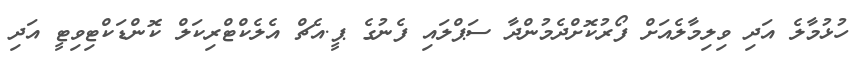
ހުޅުމާލެ އަދި ވިލިމާލެއަށް ފޯރުކޮށްދެމުންދާ ސަޕްލައި ފެނުގެ ޕީ.އެޗް އެލެކްޓްރިކަލް ކޮންޑަކްޓިވިޓީ އަދި